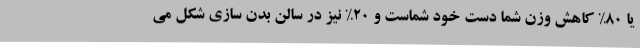
یا 80% کاهش وزن شما دست خود شماست و 20% نیز در سالن بدن سازی شکل می